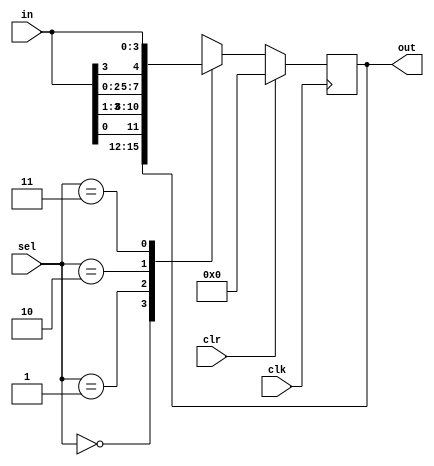
`timescale 10ns/1ns

module uni_shift_reg(clr,clk,sel,in,out);
input clr,clk;
input[1:0] sel;
input[3:0] in;
output reg[3:0] out;

always@(posedge clk)
begin
  if(clr)
  out=4'b0000;
  else
  begin
  case(sel)
  2'b00:out=out;
  2'b01:out={in[0],in[3:1]};
  2'b10:out={in[2:0],in[3]};
  2'b11:out=in;
  endcase
  end
end
endmodule